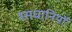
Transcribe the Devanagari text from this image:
रसधानियों